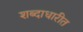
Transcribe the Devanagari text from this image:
शब्दाधारीत